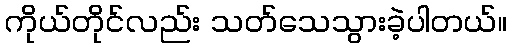
ကိုယ်တိုင်လည်း သတ်သေသွားခဲ့ပါတယ်။